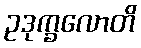
ဥဒုက္ခလောတိ